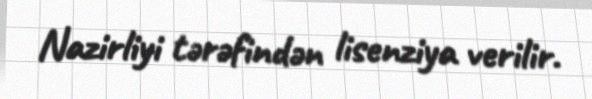
Nazirliyi tərəfindən lisenziya verilir.